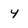
Character: 4